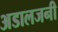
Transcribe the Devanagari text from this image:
अडालजनी